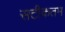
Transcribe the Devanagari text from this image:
सटीकतम